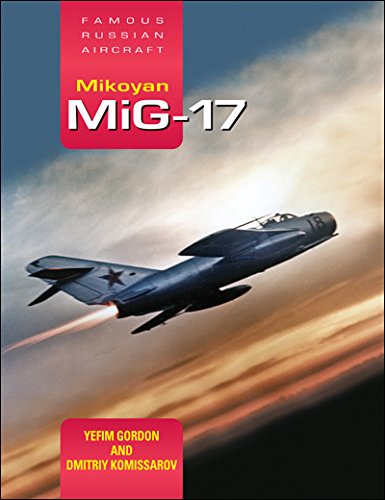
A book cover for Mikoyan MiG-17: Famous Russian Aircraft; Yefim Gordon; History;